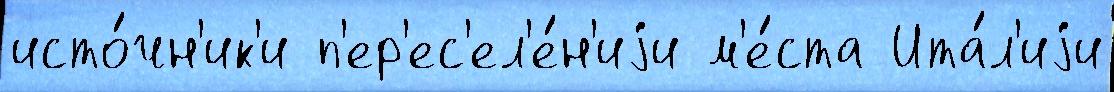
исто́чн'ик'и п'ер'ес'ел'е́н'иjи м'е́ста Ита́л'иjи